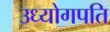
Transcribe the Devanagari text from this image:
उध्योगपति